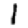
Digit: 1